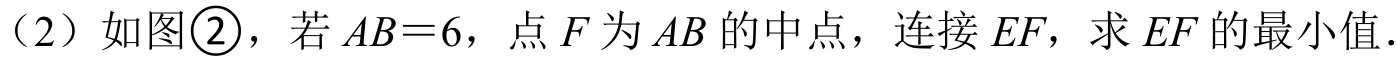
（2）如图\textcircled{2}，若\(AB = 6\)，点\(F\)为\(AB\)的中点，连接\(EF\)，求\(EF\)的最小值.